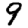
Digit: 9